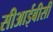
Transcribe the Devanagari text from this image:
सीआईबीसी